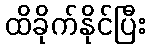
ထိခိုက်နိုင်ပြီး